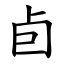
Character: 卣